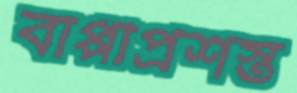
বাপ্পীপ্রশস্ত